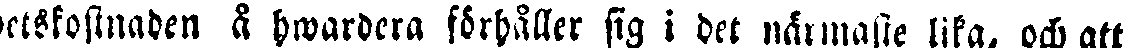
betskostnaden å hwardera förhåller sig i det närmaste lika, och att